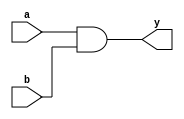
module and1(y,a,b);
  input a,b;
  output y;
  assign y = a&b;
endmodule